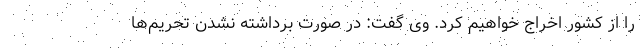
را از کشور اخراج خواهیم کرد. وی گفت: در صورت برداشته نشدن تحریم‌ها